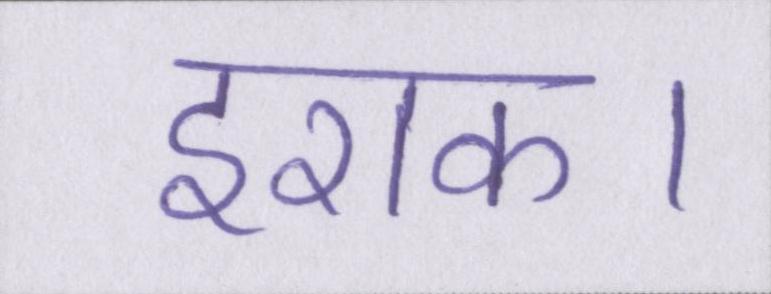
इराक।